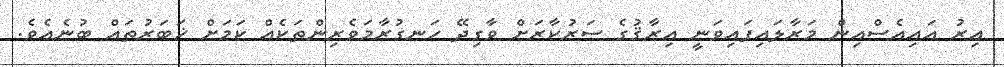
އިރު އައިއެސްއިން މަރާލައިފައިވަނީ އިރާޤުގެ ސަރުކާރަށް ވާގިދޭ ހަނގުރާމަވެރިންތަކެއް ކަމަށް ޚަބަރުތައް ބުނެއެވެ.